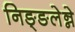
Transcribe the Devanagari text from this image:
निङ्ङलेन्ने